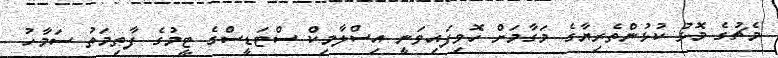
މެޗުގެ މޮޅު ކުޅުންތެރިޔާގެ މަގާމަށް ހޮވިފައިވަނީ އިސްލާމިކް ސްޓަޑީސްގެ ޓީމުގެ ފާތިމަތު ސަމާހު